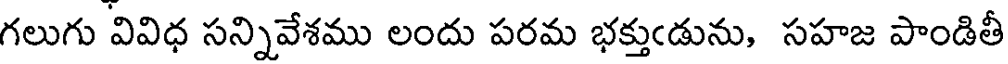
గలుగు వివిధ సన్నివేశము లందు పరమ భక్తుఁడును, సహజ పాండితీ